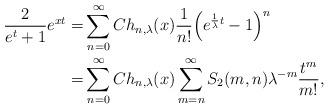
LaTeX: \begin{align*}\frac{2}{e^t+1}e^{xt} =& \sum_{n=0}^\infty Ch_{n,\lambda }(x) \frac{1}{n!} \Big( e^{\frac{1}{\lambda }t}-1\Big)^n \\=& \sum_{n=0}^\infty Ch_{n,\lambda }(x) \sum_{m=n}^\infty S_2(m,n) \lambda ^{-m} \frac{t^m}{m!},\end{align*}